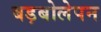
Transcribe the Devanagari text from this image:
बड़बोलेपन